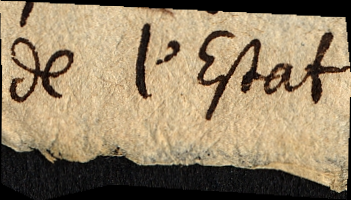
de l´Estat